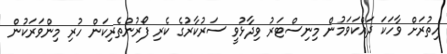
އިތުރަށް ވާހަކަ ދައްކަވަމުން މިނިސްޓަރު ވިދާޅުވީ ސަރުކާރުގެ ކެރި ފޯރުންތެރިކަން ހުރި މިންވަރަކުން